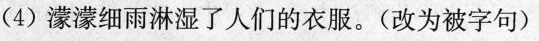
(4)蒙蒙细雨淋湿了人们的衣服。(改为被字句)